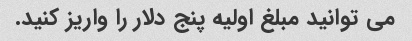
می توانید مبلغ اولیه پنج دلار را واریز کنید.